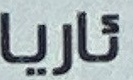
ئاریا